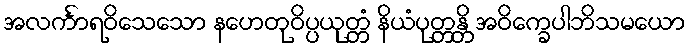
အလင်္ကာရဝိသေသော နဟေတုဝိပ္ပယုတ္တံ နိယံပုတ္တန္တိ အဝိက္ခေပါဘိသမယော